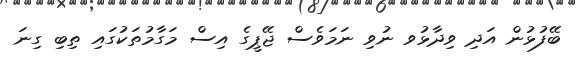
ބޭފުޅުން އަދި ވިދާޅުވ ނުވި ނަމަވެސް ޖޭޕީގެ އިސް މަގާމުތަކުގައި ތިބި ގިނަ